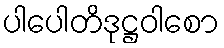
ပါပေါတိဒုဋ္ဌဝါစော